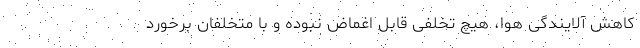
کاهش آلایندگی هوا، هیچ تخلفی قابل اغماض نبوده و با متخلفان برخورد